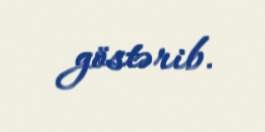
göstərib.